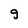
Character: g